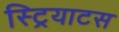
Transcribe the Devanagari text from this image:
स्ट्रियाटस